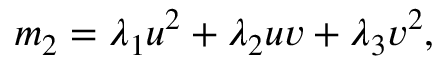
m _ { 2 } = \lambda _ { 1 } u ^ { 2 } + \lambda _ { 2 } u v + \lambda _ { 3 } v ^ { 2 } ,